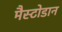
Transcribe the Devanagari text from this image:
मैस्टोडान